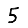
Digit: 5